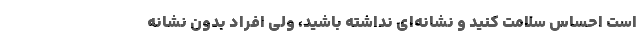
است احساس سلامت کنید و نشانه‌ای نداشته باشید، ولی افراد بدون نشانه